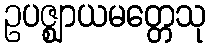
ဥပဇ္ဈာယမတ္တေသု